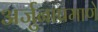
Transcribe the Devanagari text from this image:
अर्जुनाप्रमाणे